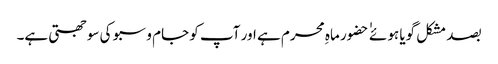
بصد مشکل گویا ہوئے ٰ ٰ حضور ماہِ محرم ہے اور آپ کو جام و سبو کی سوجھتی ہے۔